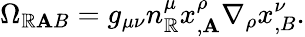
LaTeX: \Omega_{\mathbb{R}\mathbf{A}B}=g_{\mu\nu}n_{\mathbb{R}}^{\mu}x_{,\mathbf{A}}^{\rho}\nabla_{\rho}x_{,B}^{\nu}.